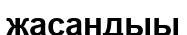
жасандыы